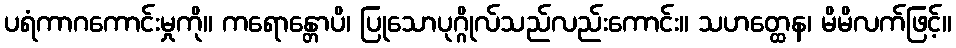
ပရံကာဂကောင်းမှုကို။ ကရောန္တောပိ၊ ပြုသောပုဂ္ဂိုလ်သည်လည်းကောင်း။ သဟတ္ထေန၊ မိမိလက်ဖြင့်။